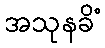
အသုနခိံ